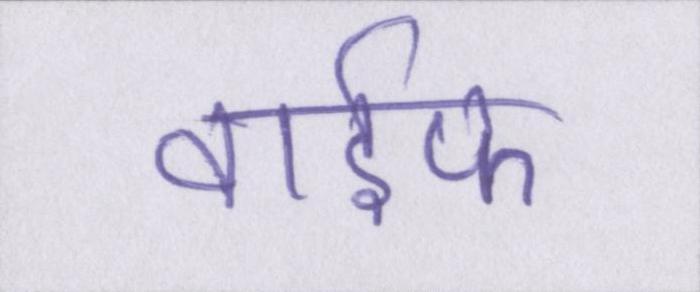
वाईफ